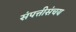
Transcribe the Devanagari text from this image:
संपत्तीसंचय